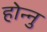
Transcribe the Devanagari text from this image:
होन्नु